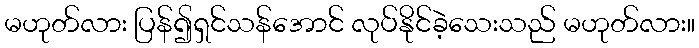
မဟုတ်လား ပြန်၍ရှင်သန်အောင် လုပ်နိုင်ခဲ့သေးသည် မဟုတ်လား။